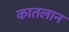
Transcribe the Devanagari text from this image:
कातलान